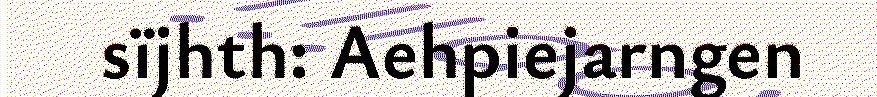
sïjhth: Aehpiejarngen